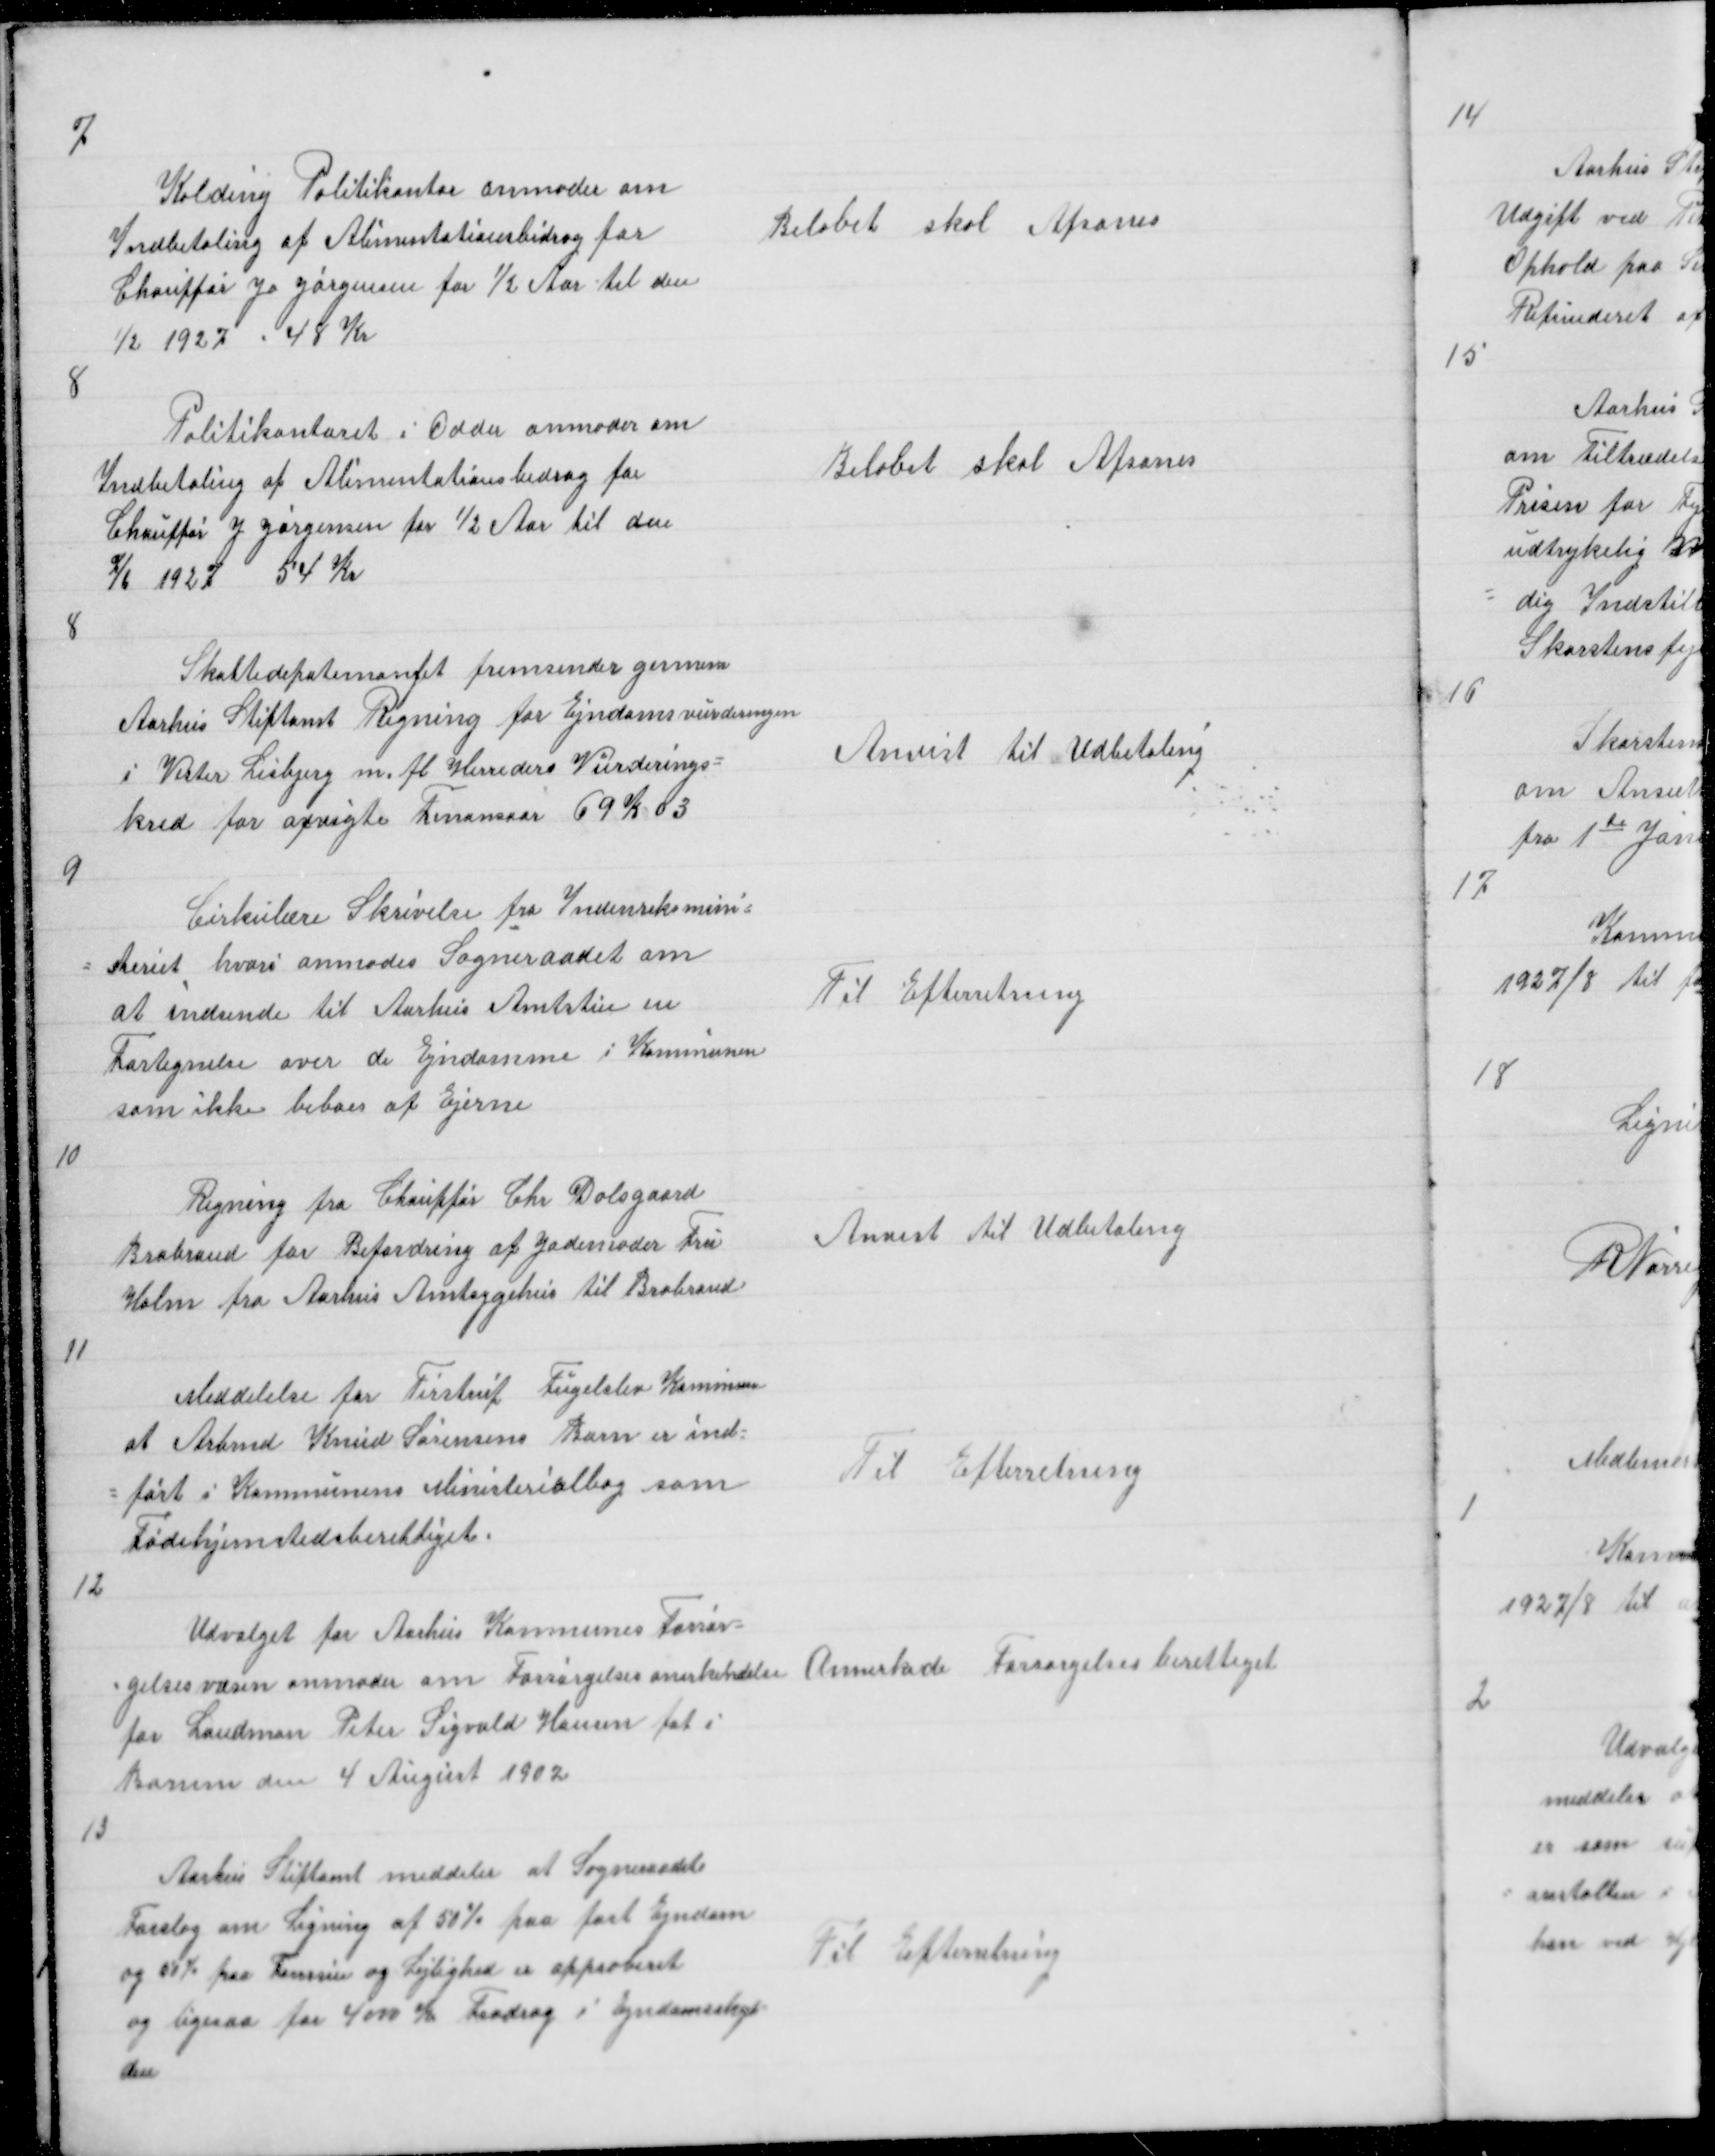
Transskription:
7

Kolding Politikontor anmoder om
Indbetaling af Alimentationsbidrag for
Chauffør J Jørgensen for ½ Aar til den
1/2 1927 48 Kr

Beløbet skal Afsones

8

Politikontoret i Oddr anmoder om
Indbetaling af Alimentationsbidrag for
Chauffør J Jørgensen for ½ Aar til den
7/6 1927 54 Kr

Beløbet skal Afsones

8

Skattedepartementet fremsender gennem
Aarhus Stiftamt Regning for Ejndomsvurderingen
i Vester Lisbjergs m. fl. Herreders Vurderings =
kred for afvigte Finansaar 69 K 03

Anvist til Udbetaling

9

Cirkulære Skrivelse fra Indenriksmini =
= steriet hvori anmodes Sogneraadet om
at indsende til Aarhus Amtstue en
Fortegnelse over de Ejndomme i Kommunen
som ikke beboes af Ejerne

Til Efterretning

10

Regning fra Chauffør Chr Dalsgaard
Brabrand for Befordring af Jodemoder Fru
Holm fra Aarhus Amtsygehus til Brabrand

Anvist til Udbetaling

11

Meddelelse fra Tirstrup Fugelslev Kommune
at Arbmd Knud Sørensens barn er ind =
= ført i Kommunens Minesterialbog som
Fødehjemstedsberettiget.

Til Efterretning

12

Udvalget for Aarhus Kommunes Forsør =
= gelsesvæsen anmoder om Forsørgelsesanerkendelse
for Landman Peter Sigvald Hansen føt i
Borum den 4 August 1902

Annerkede Forsørgelsesberettiget

13

Aarhus Stiftamt meddeler at Sogneraadets
Forslag om Ligning af 50% paa fast Ejndom
og 50% paa Formue og Lejlighed er approberet
og ligesaa for 4000 Fradrag i Ejndomsskyl =
den

Til Efterretning